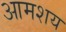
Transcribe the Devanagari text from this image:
आमशय